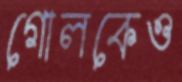
গোলকেও